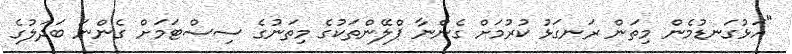
"އަޅުގަނޑުމެން މިތަން ރަނގަޅު ކުރުމަށް ގެންނާ ޕްލޭންތަކުގެ މިތަނުގެ ސިސްޓަމަށް ގެންނަ ބަދަލުގެ